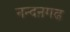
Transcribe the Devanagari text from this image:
नन्दऩगढ